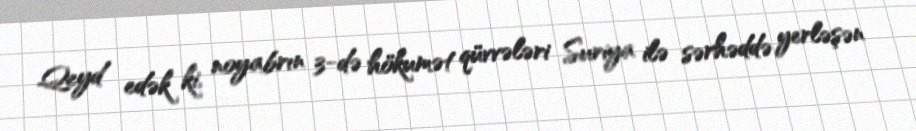
Qeyd edək ki, noyabrın 3-də hökumət qüvvələri Suriya ilə sərhəddə yerləşən